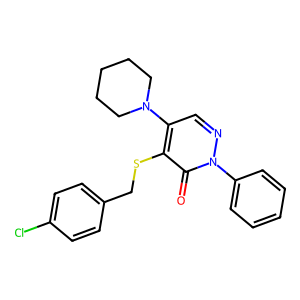
SMILES: O=c1c(SCc2ccc(Cl)cc2)c(N2CCCCC2)cnn1-c1ccccc1
Inhibits HIV replication: No